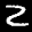
Label: 2